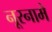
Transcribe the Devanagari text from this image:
नूरनामे